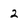
Character: 2